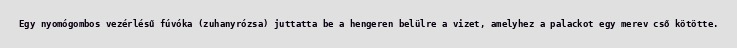
Egy nyomógombos vezérlésű fúvóka (zuhanyrózsa) juttatta be a hengeren belülre a vizet, amelyhez a palackot egy merev cső kötötte.